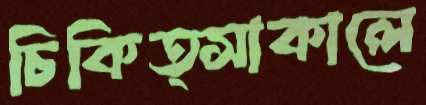
চিকিত্সাকালে